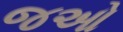
જઓ